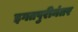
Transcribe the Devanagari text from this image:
इगतपुरीनंतर